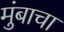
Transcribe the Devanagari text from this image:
मुंबाचा